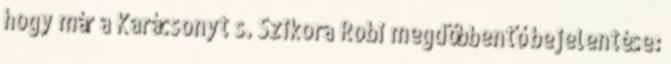
hogy már a Karácsonyt s. Szikora Robi megdöbbentő bejelentése: